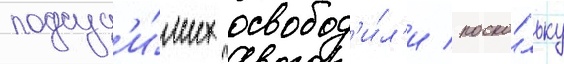
подсуд'и́мых освобод'и́л'и / поско́льку